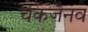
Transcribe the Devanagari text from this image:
चकजैनव